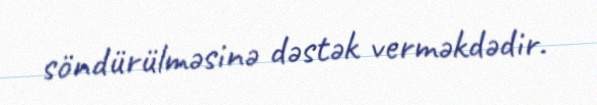
söndürülməsinə dəstək verməkdədir.